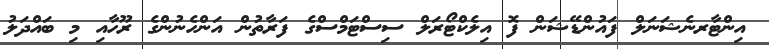
އިންޓާރނެޝަނަލް ފައުންޑޭޝަން ފޮ އިލެކްޓޯރަލް ސިސްޓަމްސްގެ ފަރާތުން އަންހެނުންގެ ރޫހާއި މި ބައްދަލު